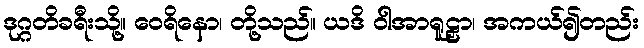
ဒုဂ္ဂတိခရီးသို့။ ဝေရိနော၊ တို့သည်။ ယဒိ ဝါအာရူဠှာ၊ အကယ်၍တည်း